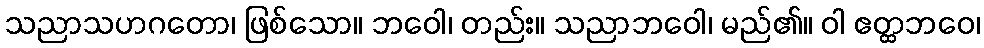
သညာသဟဂတော၊ ဖြစ်သော။ ဘဝေါ၊ တည်း။ သညာဘဝေါ၊ မည်၏။ ဝါ ဧတ္ထဘဝေ၊